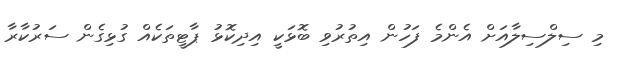
މި ސިލްސިލާއަށް އެންމެ ފަހުން އިތުރުވި ބޮޅަކީ އިދިކޮޅު ޕާޓީތަކެއް ގުޅިގެން ސަރުކާރާ